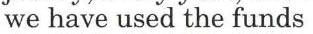
we have used the funds